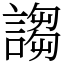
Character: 謅